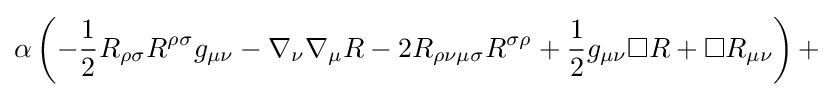
\alpha \left(-{\frac {1}{2}}R_{\rho \sigma }R^{\rho \sigma }g_{\mu \nu }-\nabla _{\nu }\nabla _{\mu }R-2R_{\rho \nu \mu \sigma }R^{\sigma \rho }+{\frac {1}{2}}g_{\mu \nu }\Box R+\Box R_{\mu \nu }\right)+